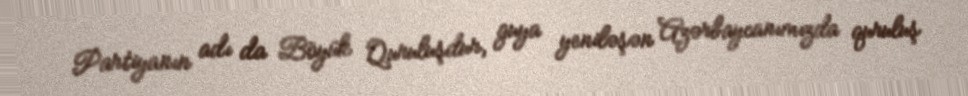
Partiyanın adı da Böyük Quruluşdur, guya yeniləşən Azərbaycanımızda quruluş